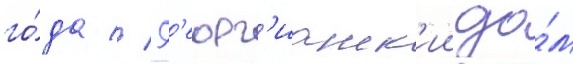
го́да // Г'еорг'ианск'ии до́м